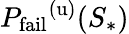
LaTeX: {P_{\mathrm{fail}}}^{(\mathrm{u})}(S_{*})